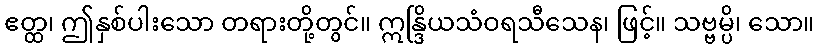
ဧတ္ထ၊ ဤနှစ်ပါးသော တရားတို့တွင်။ ဣန္ဒြိယသံဝရသီသေန၊ ဖြင့်။ သဗ္ဗမ္ပိ၊ သော။